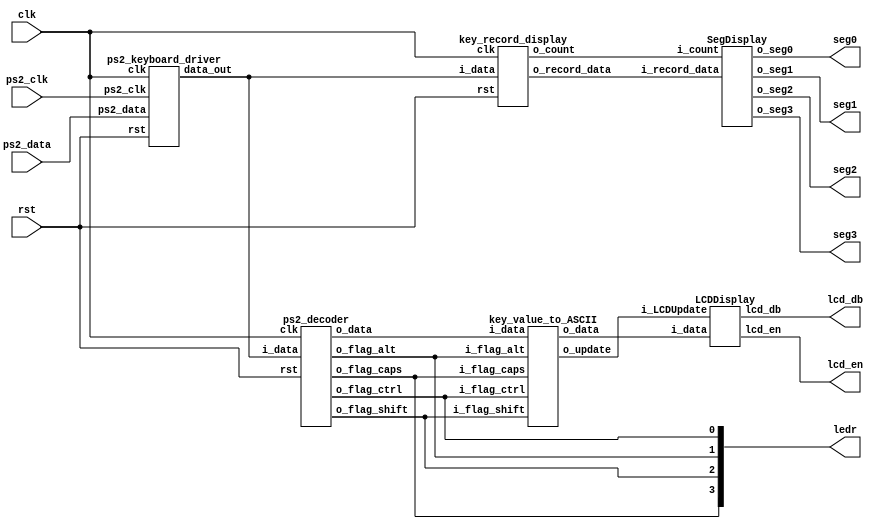
module top(
    input clk,
    input rst,
    input ps2_clk,
    input ps2_data,

    output lcd_en,
    output [7:0] lcd_db,

    output [3:0] ledr,
    output [7:0] seg0,
    output [7:0] seg1,
    output [7:0] seg2,
    output [7:0] seg3
);

wire [7:0] odata;
wire [7:0] fdata;
wire [8:0] recordData;
wire [7:0] keycnt;

ps2_keyboard_driver inst1(
    .clk(clk),
    .rst(rst),
    .ps2_clk(ps2_clk),
    .ps2_data(ps2_data),
    .data_out(odata)
);

ps2_decoder inst2(
    .clk(clk),
    .rst(rst),
    .i_data(odata),
    .o_data(fdata),
    .o_flag_ctrl(ledr[0]),
    .o_flag_alt(ledr[1]),
    .o_flag_shift(ledr[2]),
    .o_flag_caps(ledr[3])
);


key_record_display inst3(
    .clk(clk),
    .rst(rst),
    .i_data(odata),
    .o_record_data(recordData),
    .o_count(keycnt)
);

wire LCDUpdate;
wire [7:0] asciiData;

key_value_to_ASCII inst4(
    .i_data(fdata),
    .i_flag_ctrl(ledr[0]),
    .i_flag_alt(ledr[1]),
    .i_flag_shift(ledr[2]),
    .i_flag_caps(ledr[3]),
    .o_update(LCDUpdate),
    .o_data(asciiData)
);


SegDisplay inst5(
    .i_record_data(recordData),
    .i_count(keycnt),
    .o_seg0(seg0),
    .o_seg1(seg1),
    .o_seg2(seg2),
    .o_seg3(seg3)
);

LCDDisplay inst6(
    .i_LCDUpdate(LCDUpdate),
    .i_data(asciiData),
    .lcd_en(lcd_en),
    .lcd_db(lcd_db)
);


endmodule



module ps2_keyboard_driver(
    input clk,
    input rst,
    input ps2_clk,
    input ps2_data,
    output [7:0] data_out
);
    //input clk,resetn,ps2_clk,ps2_data;
    //output [7:0] data_out;
    reg [9:0] buffer;        // ps2_data bits
    reg [3:0] count;  // count ps2_data bits
    reg [2:0] ps2_clk_sync;
    reg [7:0] data_to_send;
    reg valid;
    reg valid_delay;
    wire [7:0] valid_sig;

    always @(posedge clk or posedge rst) begin
        if(rst)
            ps2_clk_sync <=  3'b111;
        else
            ps2_clk_sync <=  {ps2_clk_sync[1:0],ps2_clk};
    end

    wire sampling = ps2_clk_sync[2] & ~ps2_clk_sync[1];

    always @(posedge clk or posedge rst) begin
        if (rst) begin // reset
            count <= 4'b0;
            data_to_send <= 8'b0;
            valid <= 1'b0;
        end
        else begin
            if (sampling) begin
                if (count == 4'd10) begin
                    if ((buffer[0] == 0) &&  // start bit
                        (ps2_data)       &&  // stop bit
                        (^buffer[9:1])) begin      // parity
                            data_to_send <= buffer[8:1];  // kbd scan code
                            valid <= 1'b1; 
                    end
                    count <= 0;     // for next                
                end 
                else begin
                    buffer[count] <= ps2_data;  // store ps2_data
                    count <= count + 4'b1;
                    valid <= 1'b0;
                end
            end
        end
    end

    always @(posedge clk or posedge rst) begin
        if (rst) begin
            valid_delay <= 1'b0;
        end
        else begin
            valid_delay <= valid;
        end
    end

    assign valid_sig[0] = (valid_delay ^ valid) & valid;
    assign valid_sig[1] = (valid_delay ^ valid) & valid;
    assign valid_sig[2] = (valid_delay ^ valid) & valid;
    assign valid_sig[3] = (valid_delay ^ valid) & valid;
    assign valid_sig[4] = (valid_delay ^ valid) & valid;
    assign valid_sig[5] = (valid_delay ^ valid) & valid;
    assign valid_sig[6] = (valid_delay ^ valid) & valid;
    assign valid_sig[7] = (valid_delay ^ valid) & valid;

    assign data_out = valid_sig & data_to_send;

endmodule

module ps2_decoder(
    input clk,
    input rst,
    input [7:0] i_data,
    output reg [7:0] o_data,
    output reg o_flag_ctrl,
    output reg o_flag_alt,
    output reg o_flag_shift,
    output reg o_flag_caps
);

parameter IDLE = 3'b000;
parameter NORMALPRESSED = 3'b001;
parameter NORMALF0 = 3'b010;
parameter NORMALRELEASED = 3'b011;
parameter MODIFIERPRESSED = 3'b100;
parameter SPECIALKEY = 3'b101;


reg [2:0] state, nextState;
reg [7:0] iDataDelayed;

always @(posedge clk or posedge rst) begin
    if (rst) begin
        state <= IDLE;
    end
    else begin
        state <= nextState;
    end
end

always @(posedge clk or posedge rst) begin
    if (rst) begin
        iDataDelayed <= 8'b0;
    end
    else begin
        iDataDelayed <= i_data;
    end
end



always @(*) begin
    case(state)
        IDLE:
        if(i_data == 8'h14 || i_data == 8'h11 || i_data == 8'h12 || i_data == 8'h58) begin
            nextState = MODIFIERPRESSED;
        end
        else if(i_data == 8'hE0) begin
            nextState = SPECIALKEY;
        end
        else if(i_data == 8'hF0) begin
            nextState = NORMALF0;
        end
        else if(i_data == 8'h00) begin
            nextState = IDLE;
        end
        else begin
            nextState = NORMALPRESSED;
        end
        //
        NORMALPRESSED:
        nextState = IDLE;
        //
        NORMALF0:
        if(i_data == 8'h00) begin
            nextState = NORMALF0;
        end
        else begin
            nextState = NORMALRELEASED;
        end
        //
        NORMALRELEASED:
        nextState = IDLE;

        //

        MODIFIERPRESSED:
        nextState = IDLE;

        //
        SPECIALKEY:
        if(i_data == 8'hF0) begin
            nextState = NORMALF0;
        end
        else if(i_data == 8'h00) begin
            nextState = SPECIALKEY;
        end
        else begin
            nextState = NORMALPRESSED;
        end
        //
        default:
            nextState = IDLE;
    endcase
end



always @(posedge clk or posedge rst) begin
    if(rst) begin
        o_data <= 8'b0;
        o_flag_ctrl <= 1'b0;
        o_flag_alt <= 1'b0;
        o_flag_shift <= 1'b0;
        o_flag_caps <= 1'b0;
    end
    else begin
        case(state) 
            IDLE:
            begin
                o_data <= 8'b0;
                o_flag_ctrl <= o_flag_ctrl;
                o_flag_alt <= o_flag_alt;
                o_flag_shift <= o_flag_shift;
                o_flag_caps <= o_flag_caps;
            end
            NORMALPRESSED:
            begin
                o_data <= iDataDelayed;
                o_flag_ctrl <= o_flag_ctrl;
                o_flag_alt <= o_flag_alt;
                o_flag_shift <= o_flag_shift;
                o_flag_caps <= o_flag_caps;
            end
            NORMALF0:
            begin
                o_data <= 8'b0;
                o_flag_ctrl <= o_flag_ctrl;
                o_flag_alt <= o_flag_alt;
                o_flag_shift <= o_flag_shift;
                o_flag_caps <= o_flag_caps;
            end
            NORMALRELEASED:
            begin
                o_data <= 8'b0;
                if(iDataDelayed == 8'h14) begin
                    o_flag_ctrl <= 1'b0;
                    o_flag_alt <= o_flag_alt;
                    o_flag_shift <= o_flag_shift;
                    o_flag_caps <= o_flag_caps;
                end
                else if(iDataDelayed == 8'h11) begin
                    o_flag_alt <= 1'b0;
                    o_flag_ctrl <= o_flag_ctrl;
                    o_flag_shift <= o_flag_shift;
                    o_flag_caps <= o_flag_caps;
                end
                else if(iDataDelayed == 8'h12) begin
                    o_flag_shift <= 1'b0;
                    o_flag_ctrl <= o_flag_ctrl;
                    o_flag_alt <= o_flag_alt;
                    o_flag_caps <= o_flag_caps;
                end
                else begin
                    o_flag_ctrl <= o_flag_ctrl;
                    o_flag_alt <= o_flag_alt;
                    o_flag_shift <= o_flag_shift;
                    o_flag_caps <= o_flag_caps;
                end
            end
            MODIFIERPRESSED:
            begin
                //need to check odata
                o_data <= 8'b0;
                if(iDataDelayed == 8'h14) begin
                    o_flag_ctrl <= 1'b1;
                    o_flag_alt <= o_flag_alt;
                    o_flag_shift <= o_flag_shift;
                    o_flag_caps <= o_flag_caps;
                end
                else if(iDataDelayed == 8'h11) begin
                    o_flag_alt <= 1'b1;
                    o_flag_ctrl <= o_flag_ctrl;
                    o_flag_shift <= o_flag_shift;
                    o_flag_caps <= o_flag_caps;
                end
                else if(iDataDelayed == 8'h12) begin
                    o_flag_shift <= 1'b1;
                    o_flag_ctrl <= o_flag_ctrl;
                    o_flag_alt <= o_flag_alt;
                    o_flag_caps <= o_flag_caps;
                end
                else if(iDataDelayed == 8'h58) begin
                    o_flag_caps <= ~o_flag_caps;
                    o_flag_ctrl <= o_flag_ctrl;
                    o_flag_alt <= o_flag_alt;
                    o_flag_shift <= o_flag_shift;
                end
            end
            SPECIALKEY:
            begin
                o_data <= 8'b0;
                o_flag_ctrl <= o_flag_ctrl;
                o_flag_alt <= o_flag_alt;
                o_flag_shift <= o_flag_shift;
                o_flag_caps <= o_flag_caps;
            end
            default:
            begin
                o_data <= o_data;
                o_flag_ctrl <= o_flag_ctrl;
                o_flag_alt <= o_flag_alt;
                o_flag_shift <= o_flag_shift;
                o_flag_caps <= o_flag_caps;
            end
        endcase
    end
end
endmodule




module key_record_display(
    input clk,
    input rst,
    input [7:0] i_data,
    output reg [8:0] o_record_data,
    output reg [7:0] o_count
);

reg [7:0] dataBuffer[1:0];
reg flag;

always @(posedge clk or posedge rst) begin
    if(rst) begin
        dataBuffer[0] <= 8'b0;
        dataBuffer[1] <= 8'b0;
        o_count <= 8'b0;
    end
    else begin
        if(i_data != 8'h00) begin
            dataBuffer[1] <= dataBuffer[0];
            dataBuffer[0] <= i_data;
        end
        else begin
            dataBuffer[0] <= dataBuffer[0];
            dataBuffer[1] <= dataBuffer[1];
        end
        

        if(dataBuffer[0] != 8'hf0 && dataBuffer[1] != 8'hf0) begin
            o_record_data[8:0] <= {1'b0, dataBuffer[0]};
        end
        else begin
            o_record_data[8:0] <= 9'b100000000;
            //num 8 are used to indicate the status of the key, 1 is buliang
        end


        if(dataBuffer[1] == 8'hf0 && dataBuffer[0] != 8'hf0) begin
            if(flag) begin
            	o_count <= o_count + 8'b1;
            	flag <= 1'b0;
            end
        end
        else begin
            flag <= 1'b1;
            o_count <= o_count;
        end
    end
end

endmodule


module key_value_to_ASCII(
    input [7:0] i_data,
    input i_flag_ctrl,
    input i_flag_alt,
    input i_flag_shift,
    input i_flag_caps,
    output reg o_update,
    output reg [7:0] o_data
);

wire upperLetter;
wire upperSymbol;
//reg enable = 1'b0;

assign upperLetter = i_flag_shift ^ i_flag_caps;
assign upperSymbol = i_flag_shift;

always @(*) begin
    case(i_data)
        8'h1c: o_data = upperLetter ? 8'h41 : 8'h61; // a
        8'h32: o_data = upperLetter ? 8'h42 : 8'h62; // b
        8'h21: o_data = upperLetter ? 8'h43 : 8'h63; // c
        8'h23: o_data = upperLetter ? 8'h44 : 8'h64; // d
        8'h24: o_data = upperLetter ? 8'h45 : 8'h65; // e
        8'h2b: o_data = upperLetter ? 8'h46 : 8'h66; // f
        8'h34: o_data = upperLetter ? 8'h47 : 8'h67; // g
        8'h33: o_data = upperLetter ? 8'h48 : 8'h68; // h
        8'h43: o_data = upperLetter ? 8'h49 : 8'h69; // i
        8'h3b: o_data = upperLetter ? 8'h4A : 8'h6A; // j
        8'h42: o_data = upperLetter ? 8'h4B : 8'h6B; // k
        8'h4b: o_data = upperLetter ? 8'h4C : 8'h6C; // l
        8'h3a: o_data = upperLetter ? 8'h4D : 8'h6D; // m
        8'h31: o_data = upperLetter ? 8'h4E : 8'h6E; // n
        8'h44: o_data = upperLetter ? 8'h4F : 8'h6F; // o
        8'h4d: o_data = upperLetter ? 8'h50 : 8'h70; // p
        8'h15: o_data = upperLetter ? 8'h51 : 8'h71; // q
        8'h2d: o_data = upperLetter ? 8'h52 : 8'h72; // r
        8'h1b: o_data = upperLetter ? 8'h53 : 8'h73; // s
        8'h2c: o_data = upperLetter ? 8'h54 : 8'h74; // t
        8'h3c: o_data = upperLetter ? 8'h55 : 8'h75; // u
        8'h2a: o_data = upperLetter ? 8'h56 : 8'h76; // v
        8'h1d: o_data = upperLetter ? 8'h57 : 8'h77; // w
        8'h22: o_data = upperLetter ? 8'h58 : 8'h78; // x
        8'h35: o_data = upperLetter ? 8'h59 : 8'h79; // y
        8'h1a: o_data = upperLetter ? 8'h5A : 8'h7A; // z

        8'h45: o_data = upperSymbol ? 8'h29 : 8'h30; // ) 0
        8'h16: o_data = upperSymbol ? 8'h21 : 8'h31; // ! 1
        8'h1e: o_data = upperSymbol ? 8'h40 : 8'h32; // @ 2
        8'h26: o_data = upperSymbol ? 8'h23 : 8'h33; // # 3
        8'h25: o_data = upperSymbol ? 8'h24 : 8'h34; // $ 4
        8'h2e: o_data = upperSymbol ? 8'h25 : 8'h35; // % 5
        8'h36: o_data = upperSymbol ? 8'h5e : 8'h36; // ^ 6
        8'h3d: o_data = upperSymbol ? 8'h26 : 8'h37; // & 7
        8'h3e: o_data = upperSymbol ? 8'h2a : 8'h38; // * 8
        8'h46: o_data = upperSymbol ? 8'h28 : 8'h39; // ( 9

        8'h0e: o_data = upperSymbol ? 8'h7e : 8'h60; // ~ `
        8'h4e: o_data = upperSymbol ? 8'h5f : 8'h2d; // _ -
        8'h55: o_data = upperSymbol ? 8'h2b : 8'h3d; // + =
        8'h54: o_data = upperSymbol ? 8'h7b : 8'h5b; // { [
        8'h5b: o_data = upperSymbol ? 8'h7d : 8'h5d; // } ]
        8'h5d: o_data = upperSymbol ? 8'h7c : 8'h5c; // | 
        8'h4c: o_data = upperSymbol ? 8'h3a : 8'h3b; // : ;
        8'h52: o_data = upperSymbol ? 8'h22 : 8'h27; // " '
        8'h41: o_data = upperSymbol ? 8'h3c : 8'h2c; // < ,
        8'h49: o_data = upperSymbol ? 8'h3e : 8'h2e; // > .
        8'h4a: o_data = upperSymbol ? 8'h3f : 8'h2f; // ? /
        8'h29: o_data = 8'h20; // space

        
        //esc f1-12 del home end pgup pgdn ins bksp tab enter shift ctrl alt caps shangxiazuoyou
        default: o_data = 8'b0;
    endcase
    if(i_data != 8'h00) begin
        o_update = 1'b1;
    end
    else begin
        o_update = 1'b0;
    end


end

endmodule






module SegDisplay(
    input [8:0] i_record_data,
    input [7:0] i_count,
    output reg [7:0] o_seg0,
    output reg [7:0] o_seg1,
    output reg [7:0] o_seg2,
    output reg [7:0] o_seg3
);

always @(*) begin
    case({i_record_data[8], i_record_data[3:0]})
		5'h00: o_seg0 = 8'b0000_0011; // 0
        5'h01: o_seg0 = 8'b1001_1111; // 1
        5'h02: o_seg0 = 8'b0010_0101; // 2
        5'h03: o_seg0 = 8'b0000_1101; // 3
        5'h04: o_seg0 = 8'b1001_1001; // 4
        5'h05: o_seg0 = 8'b0100_1001; // 5
        5'h06: o_seg0 = 8'b0100_0001; // 6
        5'h07: o_seg0 = 8'b0001_1111; // 7
        5'h08: o_seg0 = 8'b0000_0001; // 8
        5'h09: o_seg0 = 8'b0000_1001; // 9
        5'h0A: o_seg0 = 8'b0001_0001; // A
        5'h0B: o_seg0 = 8'b1100_0001; // B
        5'h0C: o_seg0 = 8'b0110_0011; // C
        5'h0D: o_seg0 = 8'b1000_0101; // D
        5'h0E: o_seg0 = 8'b0110_0001; // E
        5'h0F: o_seg0 = 8'b0111_0001; // F
        default: o_seg0 = 8'b1111_1111; // turn off
    endcase
end



always @(*) begin
    case({i_record_data[8], i_record_data[7:4]})
		5'h00: o_seg1 = 8'b0000_0011; // 0
        5'h01: o_seg1 = 8'b1001_1111; // 1
        5'h02: o_seg1 = 8'b0010_0101; // 2
        5'h03: o_seg1 = 8'b0000_1101; // 3
        5'h04: o_seg1 = 8'b1001_1001; // 4
        5'h05: o_seg1 = 8'b0100_1001; // 5
        5'h06: o_seg1 = 8'b0100_0001; // 6
        5'h07: o_seg1 = 8'b0001_1111; // 7
        5'h08: o_seg1 = 8'b0000_0001; // 8
        5'h09: o_seg1 = 8'b0000_1001; // 9
        5'h0A: o_seg1 = 8'b0001_0001; // A
        5'h0B: o_seg1 = 8'b1100_0001; // B
        5'h0C: o_seg1 = 8'b0110_0011; // C
        5'h0D: o_seg1 = 8'b1000_0101; // D
        5'h0E: o_seg1 = 8'b0110_0001; // E
        5'h0F: o_seg1 = 8'b0111_0001; // F
        default: o_seg1 = 8'b1111_1111; // turn off
    endcase
end

always @(*) begin
    case({i_count[3:0]})
	4'h0: o_seg2 = 8'b0000_0011; // 0
        4'h1: o_seg2 = 8'b1001_1111; // 1
        4'h2: o_seg2 = 8'b0010_0101; // 2
        4'h3: o_seg2 = 8'b0000_1101; // 3
        4'h4: o_seg2 = 8'b1001_1001; // 4
        4'h5: o_seg2 = 8'b0100_1001; // 5
        4'h6: o_seg2 = 8'b0100_0001; // 6
        4'h7: o_seg2 = 8'b0001_1111; // 7
        4'h8: o_seg2 = 8'b0000_0001; // 8
        4'h9: o_seg2 = 8'b0000_1001; // 9
        4'hA: o_seg2 = 8'b0001_0001; // A
        4'hB: o_seg2 = 8'b1100_0001; // B
        4'hC: o_seg2 = 8'b0110_0011; // C
        4'hD: o_seg2 = 8'b1000_0101; // D
        4'hE: o_seg2 = 8'b0110_0001; // E
        4'hF: o_seg2 = 8'b0111_0001; // F
        default: o_seg2 = 8'b1111_1111; // turn off
    endcase
end


always @(*) begin
    case({i_count[7:4]})
	4'h0: o_seg3 = 8'b0000_0011; // 0
        4'h1: o_seg3 = 8'b1001_1111; // 1
        4'h2: o_seg3 = 8'b0010_0101; // 2
        4'h3: o_seg3 = 8'b0000_1101; // 3
        4'h4: o_seg3 = 8'b1001_1001; // 4
        4'h5: o_seg3 = 8'b0100_1001; // 5
        4'h6: o_seg3 = 8'b0100_0001; // 6
        4'h7: o_seg3 = 8'b0001_1111; // 7
        4'h8: o_seg3 = 8'b0000_0001; // 8
        4'h9: o_seg3 = 8'b0000_1001; // 9
        4'hA: o_seg3 = 8'b0001_0001; // A
        4'hB: o_seg3 = 8'b1100_0001; // B
        4'hC: o_seg3 = 8'b0110_0011; // C
        4'hD: o_seg3 = 8'b1000_0101; // D
        4'hE: o_seg3 = 8'b0110_0001; // E
        4'hF: o_seg3 = 8'b0111_0001; // F
        default: o_seg3 = 8'b1111_1111; // turn off
    endcase
end

endmodule


module LCDDisplay(
    input i_LCDUpdate,
    input [7:0] i_data,
    output lcd_en,
    output [7:0] lcd_db
);

assign lcd_en = ~i_LCDUpdate;
assign lcd_db = i_LCDUpdate ? (i_data - 8'h20) : 8'h00;

endmodule